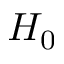
H _ { 0 }